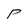
Character: P